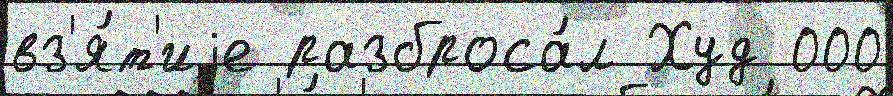
вз'я́т'иjе разброса́л Худ 000